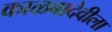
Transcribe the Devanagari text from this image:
काळबादेवीला